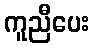
ကူညီပေး